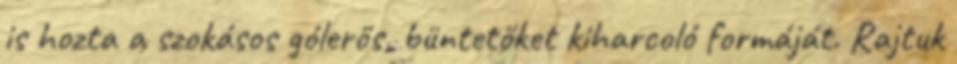
is hozta a szokásos gólerős, büntetőket kiharcoló formáját. Rajtuk